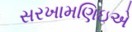
સરખામણિઇએ